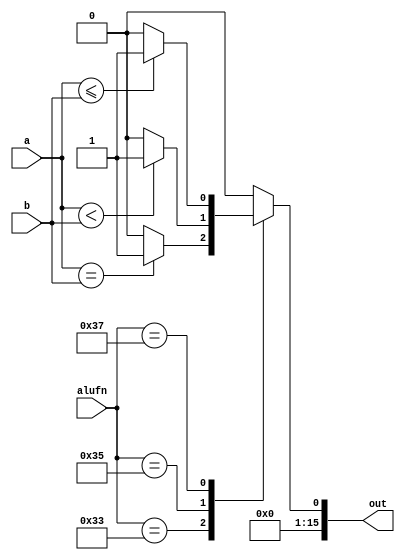
/*
   This file was generated automatically by the Mojo IDE version B1.3.6.
   Do not edit this file directly. Instead edit the original Lucid source.
   This is a temporary file and any changes made to it will be destroyed.
*/

module compare_11 (
    input [15:0] a,
    input [15:0] b,
    input [5:0] alufn,
    output reg [15:0] out
  );
  
  
  
  always @* begin
    out = 1'h0;
    
    case (alufn)
      6'h33: begin
        if (a == b) begin
          out[0+0-:1] = 1'h1;
        end
      end
      6'h35: begin
        if ($signed(a) < $signed(b)) begin
          out[0+0-:1] = 1'h1;
        end
      end
      6'h37: begin
        if ($signed(a) <= $signed(b)) begin
          out[0+0-:1] = 1'h1;
        end
      end
    endcase
  end
endmodule